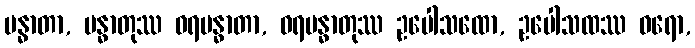
မန္ဓာတာ, မန္ဓာတုဿ ဝရမန္ဓာတာ, ဝရမန္ဓာတုဿ ဥပေါသထော, ဥပေါသထဿ ဝရော,